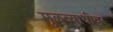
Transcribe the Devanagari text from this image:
मूळव्याधीवर